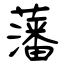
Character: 藩